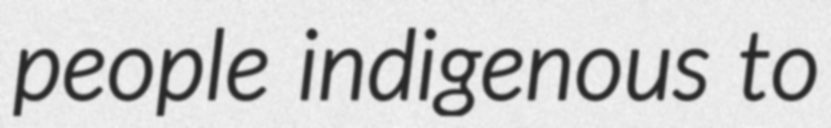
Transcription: people indigenous to